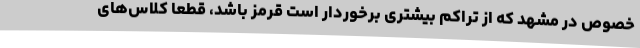
خصوص در مشهد که از تراکم بیشتری برخوردار است قرمز باشد، قطعا کلاس‌های